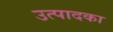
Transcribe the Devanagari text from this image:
उत्पादका